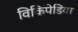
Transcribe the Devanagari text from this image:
विकिपेडिया